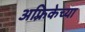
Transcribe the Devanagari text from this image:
अफ़्रिकेच्या